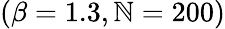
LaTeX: (\beta=1.3,\mathbb{N}=200)